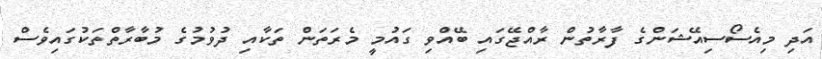
އަދި މިއެސޯސިއޭޝަންގެ ފާރާތުން ރާއްޖޭގައި ބޭއްވި ގައުމީ މެރަތަން ތަކާއި ދުވުމުގެ މުބާރާތްތަކުގައިވެސް